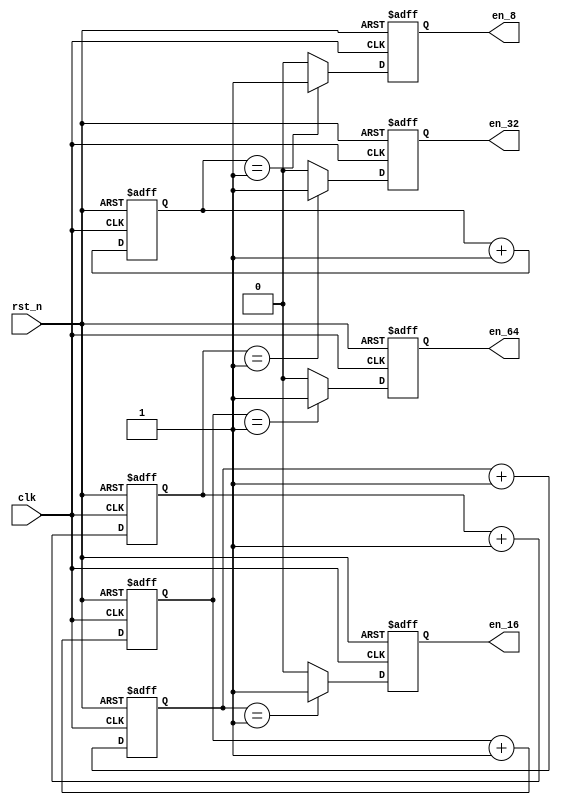
module enable(clk,rst_n,en_64,en_32,en_16,en_8);

input clk;
input rst_n;


output en_64;
output en_32;
output en_16;
output en_8;



reg[5:0]cnt_64;
reg[4:0]cnt_32;
reg[3:0]cnt_16;
reg[2:0]cnt_8;

reg en_64;
reg en_32;
reg en_16;
reg en_8;



//*************en_64************//
always @(posedge clk or negedge rst_n)
begin
  if(!rst_n)
    cnt_64<=0;
 else 
    cnt_64<=cnt_64+1;
end	 

always @(posedge clk or negedge rst_n)
begin
  if(!rst_n) 
     en_64<=0;
 else if(cnt_64==6'd1)
     en_64<=1;
	  else
	  en_64<=0;
end
//*************en_32************//
always @(posedge clk or negedge rst_n)
begin
  if(!rst_n)
    cnt_32<=0;
 else 
    cnt_32<=cnt_32+1;
end	 

always @(posedge clk or negedge rst_n)
begin
  if(!rst_n) 
     en_32<=0;
 else if(cnt_32==5'd1)
     en_32<=1;
	  else
	  en_32<=0;
end
//*************en_16************//
always @(posedge clk or negedge rst_n)
begin
  if(!rst_n)
    cnt_16<=0;
 else 
    cnt_16<=cnt_16+1;
end	 

always @(posedge clk or negedge rst_n)
begin
  if(!rst_n) 
     en_16<=0;
 else if(cnt_16==4'd1)
     en_16<=1;
	  else
	  en_16<=0;
end
//*************en_8************//
always @(posedge clk or negedge rst_n)
begin
  if(!rst_n)
    cnt_8<=0;
 else 
    cnt_8<=cnt_8+1;
end	 

always @(posedge clk or negedge rst_n)
begin
  if(!rst_n) 
     en_8<=0;
 else if(cnt_8==3'd1)
     en_8<=1;
	  else
	  en_8<=0;
end

endmodule